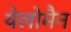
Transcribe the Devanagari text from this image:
येलोमैन